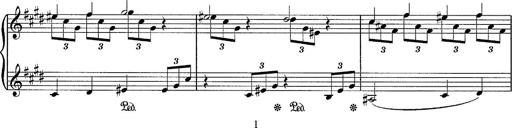
Title: Sancta Dorothea
Composer: Franz Liszt
Key: E major